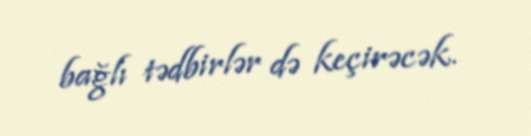
bağlı tədbirlər də keçirəcək.